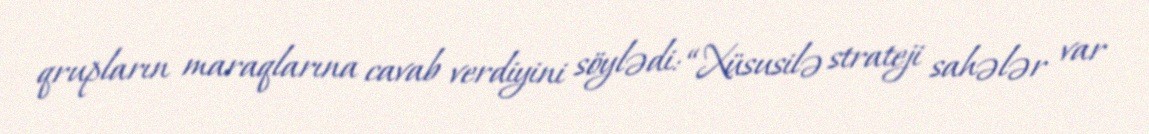
qrupların maraqlarına cavab verdiyini söylədi: “Xüsusilə strateji sahələr var